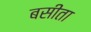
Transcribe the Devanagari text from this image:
बसीता